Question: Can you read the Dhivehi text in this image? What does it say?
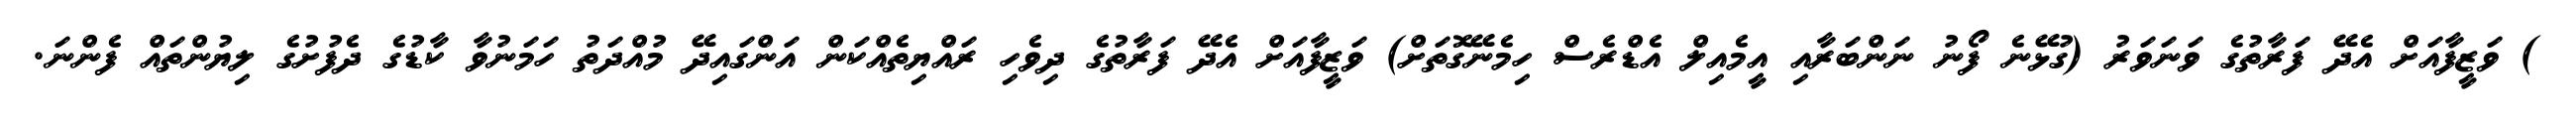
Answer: ) ވަޒީފާއަށް އެދޭ ފަރާތުގެ ވަނަވަރު (ގުޅޭނެ ފޯނު ނަންބަރާއި އީމެއިލް އެޑްރެސް ހިމެނޭގޮތަށް) ވަޒީފާއަށް އެދޭ ފަރާތުގެ ދިވެހި ރައްޔިތެއްކަން އަންގައިދޭ މުއްދަތު ހަމަނުވާ ކާޑުގެ ދެފުށުގެ ލިޔުންތައް ފެންނަ.